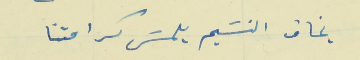
بخاف النسَيم يلمسَ كرامتنا